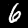
Label: 6